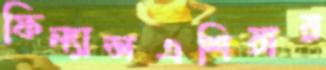
ফিন্যান্সএশিয়ার